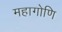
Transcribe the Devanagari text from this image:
महागोणि